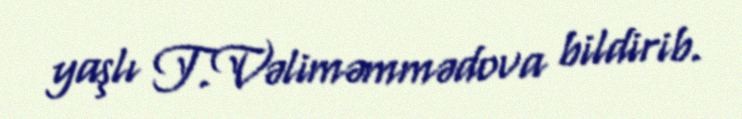
yaşlı T.Vəliməmmədova bildirib.